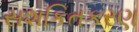
સશકિતકરણ